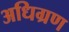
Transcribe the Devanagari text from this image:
अधिग्रण